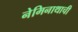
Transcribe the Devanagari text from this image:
नेमिनाथाची